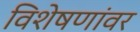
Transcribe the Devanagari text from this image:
विशेषणांवर